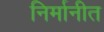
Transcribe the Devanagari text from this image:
निर्मानीत